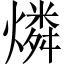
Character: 燐